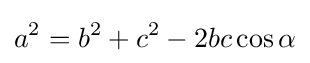
a^{2}=b^{2}+c^{2}-2bc\cos \alpha